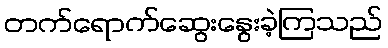
တက်ရောက်ဆွေးနွေးခဲ့ကြသည်